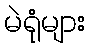
မဲရုံများ